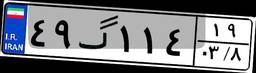
۴۹گ۱۱۴۱۹